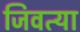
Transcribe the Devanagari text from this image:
जिवत्या